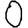
Digit: 0